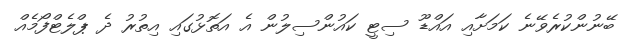
ބޭނުންކުުރެވޭނެ ކަމަށާއި އައްޑޫ ސިޓީ ކައުންސިލުން އެ އަތޮޅުގައި އިތުރު ދެ ޕްލެޓްފޯމެއް